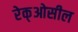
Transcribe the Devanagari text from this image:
रेक्‌ओसील